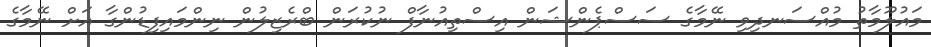
މައުލޫމާތު މުއްސަނދިވި ނޭމާގެ ސަސްޕެންޝަން އިސްތިއުނާފް ނުކުރަން ބްރެޒިލުން ނިންމައިފިޑުންގާ އަށް ނޭމާގެ